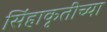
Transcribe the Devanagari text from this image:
सिंहाकृतीच्या